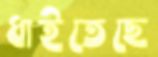
ধাইতেছে